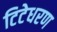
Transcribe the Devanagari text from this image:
टिटेधरण